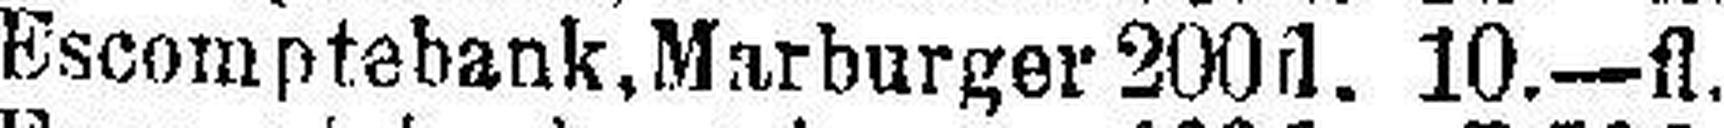
Escomptebank, Marburger 200fl. 10.—fl.